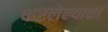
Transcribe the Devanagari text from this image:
भरलेल्याशा